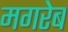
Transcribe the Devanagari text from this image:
मगरेब